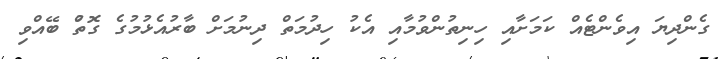
ގެންދިޔަ އިވެންޓެއް ކަމަށާއި ހިނިތުންވުމާއި އެކު ހިދުމަތް ދިނުމަށް ބާރުއެޅުމުގެ ގޮތުް ބޭއްވި